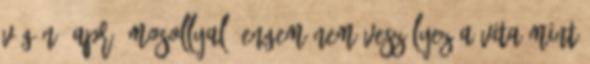
végén, apró mosollyal, engem nem veszélyez a vita mint